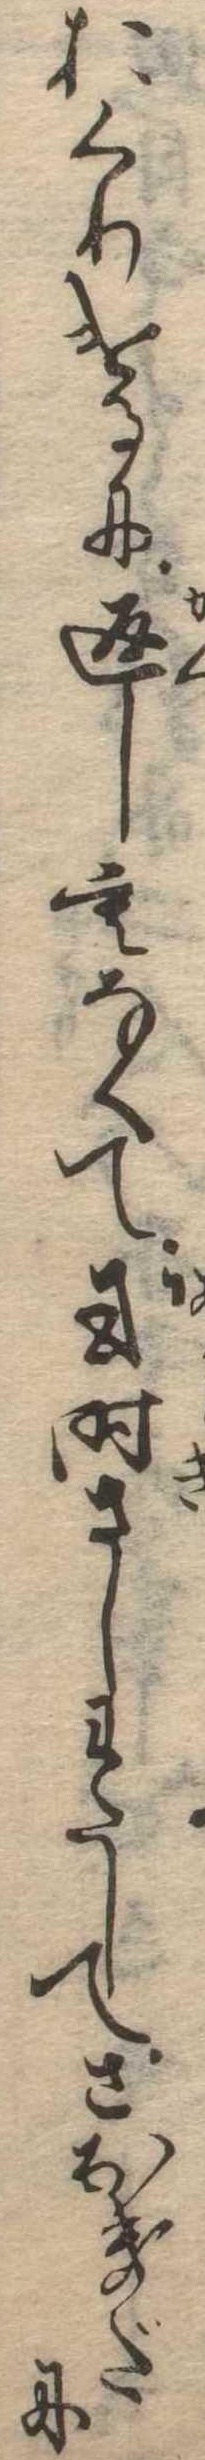
おくりけるに返しもなくて或時さしわたしてさなきだに